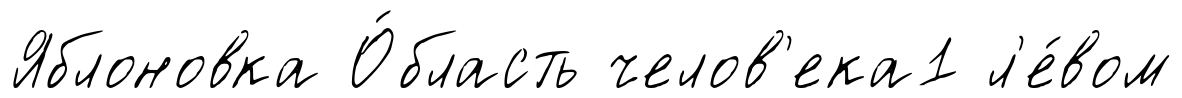
Яблоновка О́бласть челов'ека1 л'е́вом